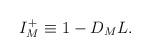
LaTeX: \begin{align*}I^+_M \equiv 1 - D_M L . \end{align*}